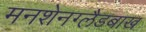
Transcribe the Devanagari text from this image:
मनशेनग्लैडबाख